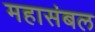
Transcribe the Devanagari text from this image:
महासंबल